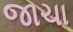
જાચા